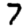
Digit: 7